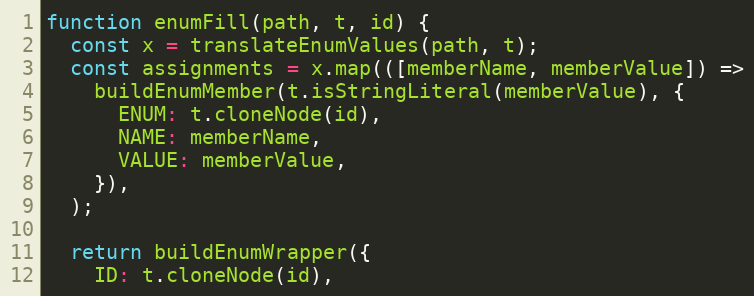
Language: JavaScript
function enumFill(path, t, id) {
  const x = translateEnumValues(path, t);
  const assignments = x.map(([memberName, memberValue]) =>
    buildEnumMember(t.isStringLiteral(memberValue), {
      ENUM: t.cloneNode(id),
      NAME: memberName,
      VALUE: memberValue,
    }),
  );

  return buildEnumWrapper({
    ID: t.cloneNode(id),